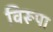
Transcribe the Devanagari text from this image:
विरूपा